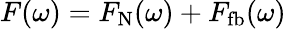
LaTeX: F(\omega)=F_{\mathrm{N}}(\omega)+F_{\mathrm{fb}}(\omega)